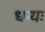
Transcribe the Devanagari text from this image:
धन्यः